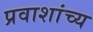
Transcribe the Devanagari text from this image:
प्रवाशांच्य